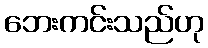
ဘေးကင်းသည်ဟု